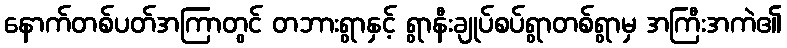
နောက်တစ်ပတ်အကြာတွင် တဘားရွာနှင့် ရွာနီးချုပ်စပ်ရွာတစ်ရွာမှ အကြီးအကဲ၏